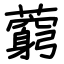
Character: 藭